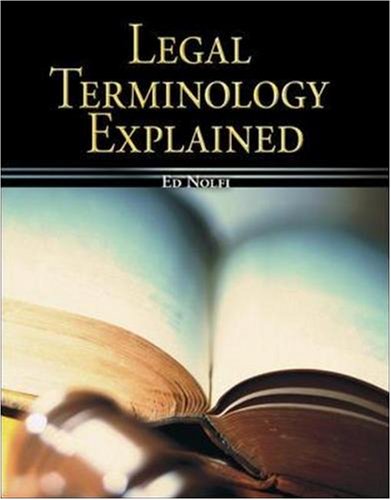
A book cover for Legal Terminology Explained (Mcgraw-Hill Business Careers Paralegal Titles); Edward Nolfi; Law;